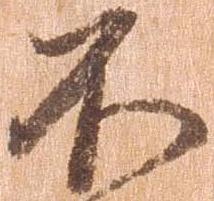
不